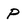
Character: P